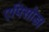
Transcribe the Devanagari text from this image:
एपिसोड।